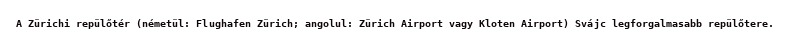
A Zürichi repülőtér (németül: Flughafen Zürich; angolul: Zürich Airport vagy Kloten Airport) Svájc legforgalmasabb repülőtere.